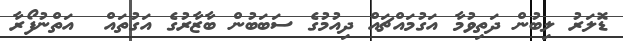
ޑޮލަރު ލިބުން ދަތިވުމާ އަގުމައްޗައް ދިއުމުގެ ސަބަބުން ބާޒާރުގެ އަގުތައް  އަތްނުފޯރާ